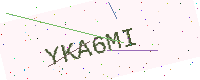
Text: YKA6MI